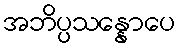
အဘိပ္ပသန္နောပေ